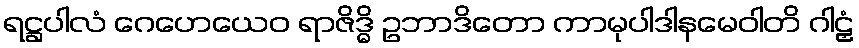
ရဋ္ဌပါလံ ဂေဟေယေဝ ရာဇိဒ္ဓိ ဥဘာဒိတော ကာမုပါဒါနမေဝါတိ ဂါဠှံ